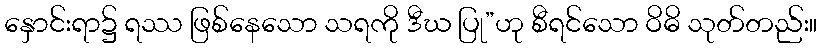
နှောင်းရာ၌ ရဿ ဖြစ်နေသော သရကို ဒီဃ ပြု”ဟု စီရင်သော ဝိဓိ သုတ်တည်း။